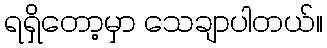
ရရှိတော့မှာ သေချာပါတယ်။